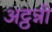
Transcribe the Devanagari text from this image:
अट्ठन्नी